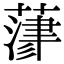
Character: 𦻄